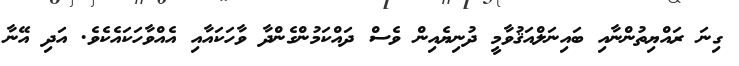
ގިނަ ރައްޔިތުންނާއި ބައިނަލްއަޤުވާމީ ދުނިޔެއިން ވެސް ދައްކަމުންގެންދާ ވާހަކައާއި އެއްވާހަކައެކެވެ. އަދި އޭނާ